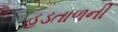
હડતાળની